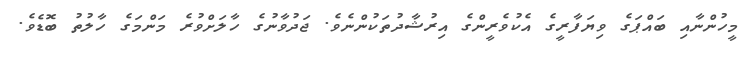
މީހުންނާއި ބައްޕަގެ ވިޔަފާރީގެ އެކުވެރީންގެ އިރުޝާދުތަކުންނެވެ. ޖަދުވާނުގެ ހާލަށްވުރެ މަންމަގެ ހާލުތު ބޮޑެވެ.